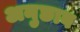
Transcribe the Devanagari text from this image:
अनुछाव